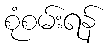
စုံစမ်းရန်